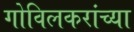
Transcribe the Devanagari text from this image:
गोविलकरांच्या